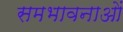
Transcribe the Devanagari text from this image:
समभावनाओं